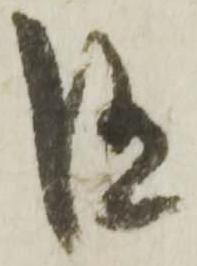
随